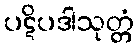
ပဋိပဒါသုတ္တံ